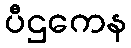
ပီဌကေန